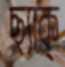
ছ্যাক্